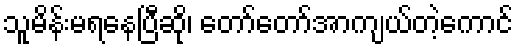
သူမိန်းမရနေပြီဆို၊ တော်တော်အာကျယ်တဲ့ကောင်